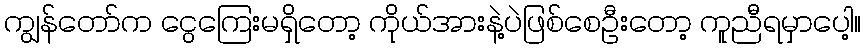
ကျွန်တော်က ငွေကြေးမရှိတော့ ကိုယ်အားနဲ့ပဲဖြစ်စေဦးတော့ ကူညီရမှာပေါ့။